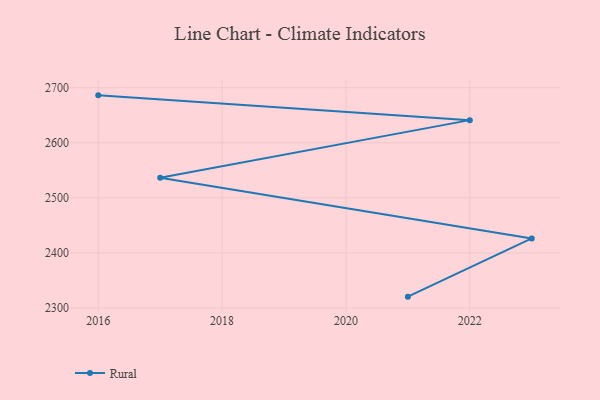
{"axis": {"x": "Year", "y": "Bounce Rate (%)"}, "legend": ["Rural"], "data": [{"x": "2021", "y": 2320.7, "type": "Rural"}, {"x": "2023", "y": 2426.4, "type": "Rural"}, {"x": "2017", "y": 2536.6, "type": "Rural"}, {"x": "2022", "y": 2641.1, "type": "Rural"}, {"x": "2016", "y": 2686.1, "type": "Rural"}]}